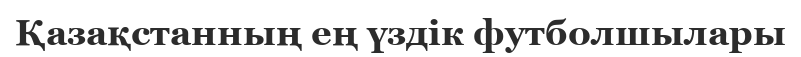
Қазақстанның ең үздік футболшылары